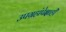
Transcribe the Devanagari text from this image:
उपग्रहांपेक्षाही